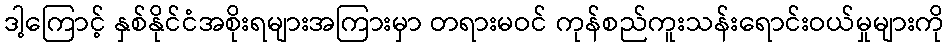
ဒါ့ကြောင့် နှစ်နိုင်ငံအစိုးရများအကြားမှာ တရားမဝင် ကုန်စည်ကူးသန်းရောင်းဝယ်မှုများကို